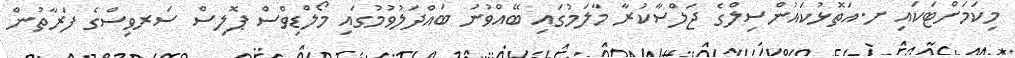
މިކަމަށްޓަކައި ށ.އަތޮޅުކައުންސިލްގެ ޖަލްސާކުރާ މާލަމުގައި ބޭއްވުނު ބައްދަލުވުމުގައި މޯލްޑިވްސް ޕޮލިސް ސަރވިސްގެ ފަރާތުން